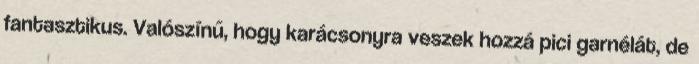
fantasztikus. Valószínű, hogy karácsonyra veszek hozzá pici garnélát, de